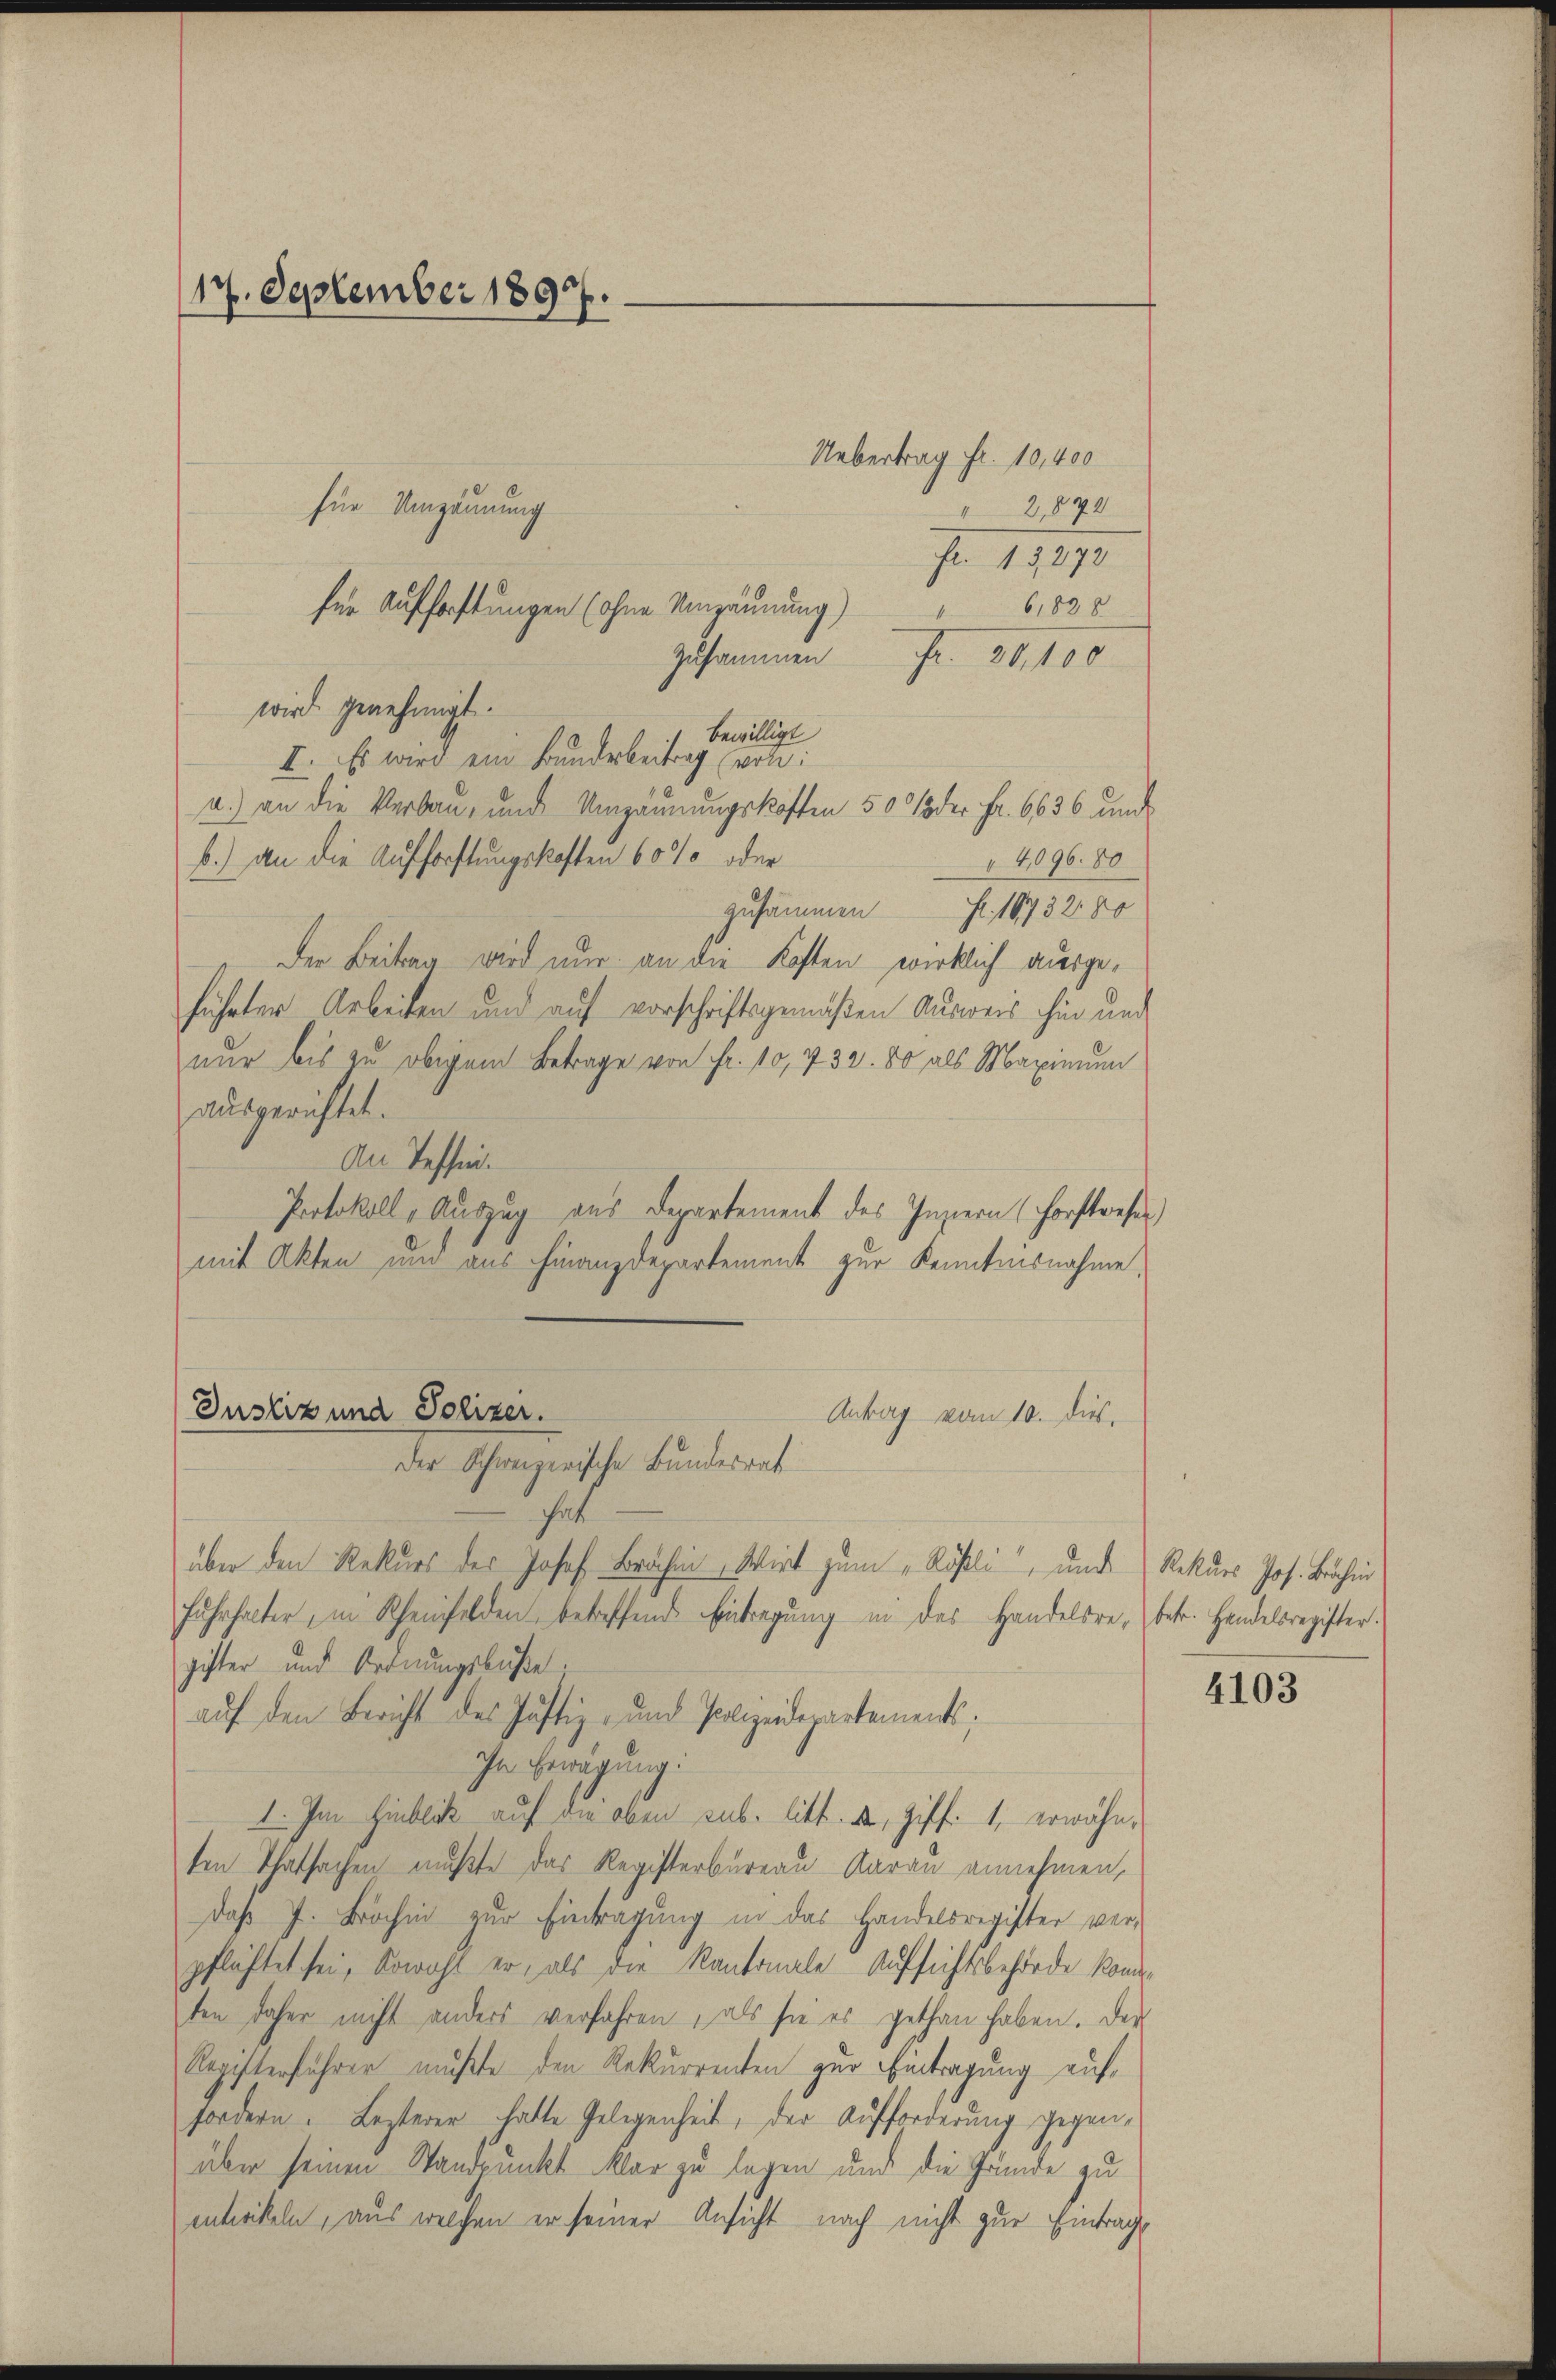
2,870
Fr. 13,272
für Aufforstungen (ohne Umzäunung) " 61828
zusammen
Fr. 30. 100
wird genehmigt.
bewilligt
I. Es wird ein Bunderbeitrag (vote:
a.) an die Verbau- und Umzäunungskosten 50 % der Fr. 6636 und
b.) an die Aufforstungskosten 60% oder
14,096. 80
zusammen Fr. 1873280
Der Beitrag wird nur an die Kosten wirklich ausgeführter Arbeiten und auf vorschriftsgemäßen Ausweis hin und
nur bis zu obigem Betrage von Fr. 10, 432. 80 als Maximum
ausgerichtet.
An Tessin.
Protokoll, Auszug aus Departement des Innern (Forstwesen)
mit Akten und aus Finanzdepartement zur Kenntnisnahme,
Justiz und Polizer.
Antrag vom 10. dies
Der Schweizerische Bundesrat
über den Rekurs des Josef Brochen, Wirt zum „Rößli“, und Rekurs Jos. Brahin
Fŭhrhalter, in Scheinfelden, betreffend Eintragŭng in des Handelsre, betr. Handelsregister.
gister und Ordnungsbuße;
auf den Bericht des Justiz- und Polizeidepartements;
Ihn Bewegung:
I. Im Hinblick auf die oben sub. litt. d, Ziff. 1, erwähnten Thatsachen mußte das Registerbureau darau annehmen,
daß J. Brochen zur Eintragung in das Handelsregister ver-
pflüftet sei. Sowohl er, als die Kantonale Aufsichtsbehörde konnten daher nicht anders verfahren, als sie es gethan haben. Der
Registerführer mußte den Rekurrenten zur Eintragung auf,
fordern. Lezterer hatte Gelegenheit, der Aufforderung gegenüber seinen Standpunkt klar zu legen und die Gründe zu
entwickeln, aus welchen er seiner Ansicht nach nicht zur Eintrage

17. September 1897.

für Umzäunung

Uebertrag fr. 10,400

4103